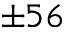
\pm 5 6